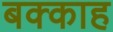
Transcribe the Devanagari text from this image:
बक्काह